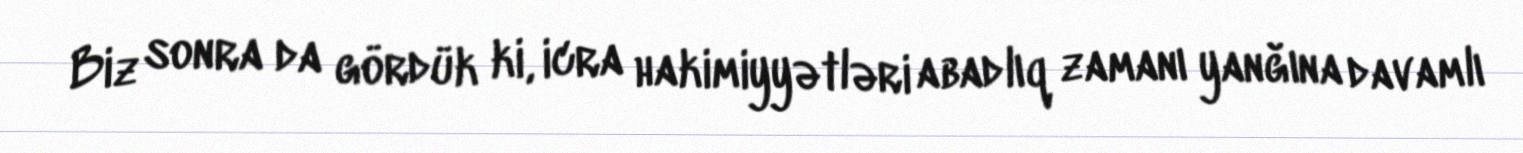
Biz sonra da gördük ki, icra hakimiyyətləri abadlıq zamanı yanğına davamlı